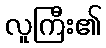
လူကြီး၏